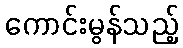
ကောင်းမွန်သည့်